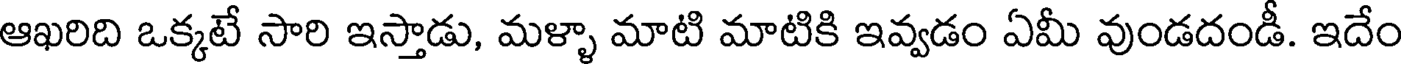
ఆఖరిది ఒక్కటే సారి ఇస్తాడు, మళ్ళా మాటి మాటికి ఇవ్వడం ఏమీ వుండదండీ. ఇదేం